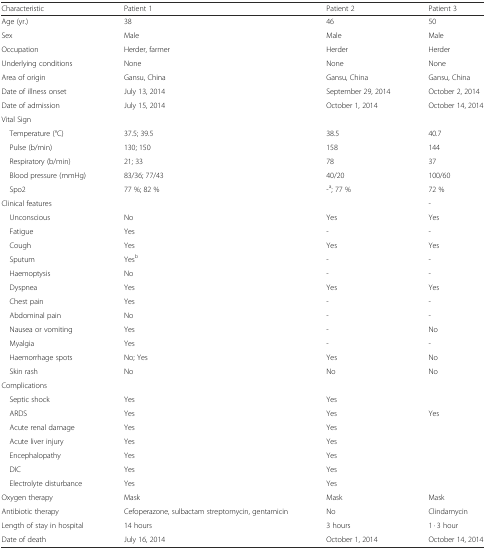
| Characteristic | Patient 1 | Patient 2 | Patient 3 |
 | --- | --- | --- | --- |
 | Age (yr.) | 38 | 46 | 50 |
 | Sex | Male | Male | Male |
 | Occupation | Herder, farmer | Herder | Herder |
 | Underlying conditions | None | None | None |
 | Area of origin | Gansu, China | Gansu, China | Gansu, China |
 | Date of illness onset | July 13, 2014 | September 29, 2014 | October 2, 2014 |
 | Date of admission | July 15, 2014 | October 1, 2014 | October 14, 2014 |
 | Vital Sign |  |  |  |
 | Temperature (°C) | 37.5; 39.5 | 38.5 | 40.7 |
 | Pulse (b/min) | 130; 150 | 158 | 144 |
 | Respiratory (b/min) | 21; 33 | 78 | 37 |
 | Blood pressure (mmHg) | 83/36; 77/43 | 40/20 | 100/60 |
 | Spo2 | 77 %; 82 % | -a; 77 % | 72 % |
 | Clinical features |  |  | - |
 | Unconscious | No | Yes | Yes |
 | Fatigue | Yes | - | - |
 | Cough | Yes | Yes | Yes |
 | Sputum | Yesb | - | - |
 | Haemoptysis | No | - | - |
 | Dyspnea | Yes | Yes | Yes |
 | Chest pain | Yes | - | - |
 | Abdominal pain | No | - | - |
 | Nausea or vomiting | Yes | - | No |
 | Myalgia | Yes | - | - |
 | Haemorrhage spots | No; Yes | Yes | No |
 | Skin rash | No | No | No |
 | Complications |  |  |  |
 | Septic shock | Yes | Yes |  |
 | ARDS | Yes | Yes | Yes |
 | Acute renal damage | Yes | Yes |  |
 | Acute liver injury | Yes | Yes |  |
 | Encephalopathy | Yes | Yes |  |
 | DIC | Yes | Yes |  |
 | Electrolyte disturbance | Yes | Yes |  |
 | Oxygen therapy | Mask | Mask | Mask |
 | Antibiotic therapy | Cefoperazone, sulbactam streptomycin, gentamicin | No | Clindamycin |
 | Length of stay in hospital | 14 hours | 3 hours | 1 · 3 hour |
 | Date of death | July 16, 2014 | October 1, 2014 | October 14, 2014 |